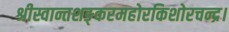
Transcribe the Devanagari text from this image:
श्रीस्वान्तशङ्करमहोरकिशोरचन्द्र।